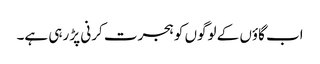
اب گاؤں کے لوگوں کو ہجرت کرنی پڑ رہی ہے۔